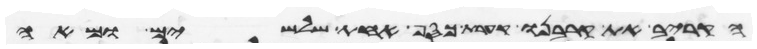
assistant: הקריב את קרבנו קערת כסף אחת שלשים ומאה